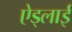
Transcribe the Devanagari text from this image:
ऐड्लाई